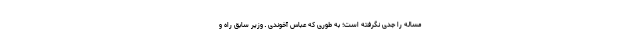
مساله را جدی نگرفته است؛ به طوری که عباس آخوندی ـ وزیر سابق راه و